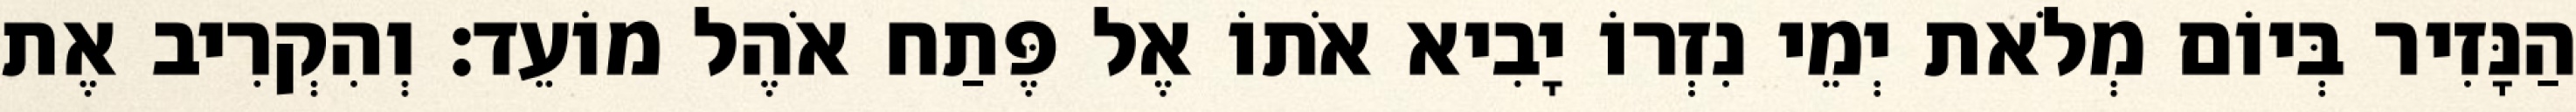
הַנָּזִיר בְּיוֹם מְלֹאת יְמֵי נִזְרוֹ יָבִיא אֹתוֹ אֶל פֶּתַח אֹהֶל מוֹעֵד׃ וְהִקְרִיב אֶת